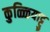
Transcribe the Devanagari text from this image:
कुळ्ळियाट्टु